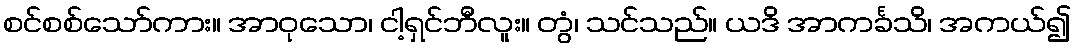
စင်စစ်သော်ကား။ အာဝုသော၊ ငါ့ရှင်ဘီလူး။ တွံ၊ သင်သည်။ ယဒိ အာကင်္ခသိ၊ အကယ်၍